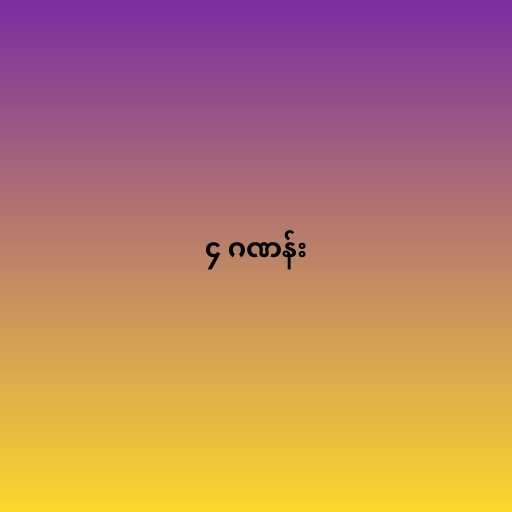
၄ ဂဏန်း